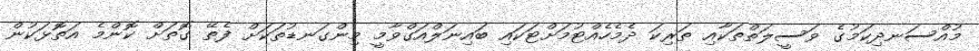
މުއްސަނދިކަމުގެ ވަސީލަތްތަކާއި ތަރިކަ ދެމެހެއްޓުމަށްޓަކައި ބައިނަލްއަގްވާމީ މިންގަނޑުތަކަށް ފެތޭ ގޮތަށް ކޮންމެ އަތޮޅަކުން